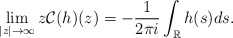
\begin{align*}\lim _{|z| \rightarrow \infty} z \mathcal{C}(h)(z)=-\frac{1}{2 \pi i} \int_{\mathbb{R}} h(s)ds.\end{align*}